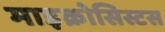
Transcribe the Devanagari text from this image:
माइक्रोसिस्टस